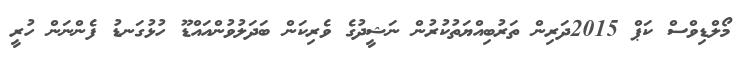
މޯލްޑިވްސް ކަޕް 2015ދަރިން ތަރުބިއްޔަތުކުރުން ނަޝީދުގެ ވެރިކަން ބަދަލުވުންއައްޑޫ ހުޅުގަނޑު ފެންނަން ހުރީ